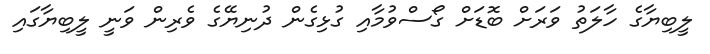
ލީބިޔާގެ ހާލަތު ވަރަށް ބޮޑަށް ގޯސްވުމާއި ގުޅިގެން ދުނިޔޭގެ ވެރިން ވަނީ ލީބިޔާގައި